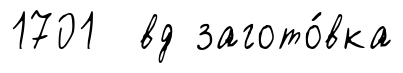
1701 вд загото́вка